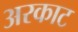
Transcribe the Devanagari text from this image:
अरकाट